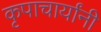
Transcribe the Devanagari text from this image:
कृपाचार्यांनी